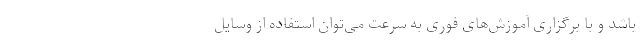
باشد و با برگزاری آموزش‌های فوری به سرعت می‌توان استفاده از وسایل